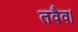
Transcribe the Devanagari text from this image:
तवैव।